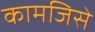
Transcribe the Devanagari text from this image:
कामजिसे